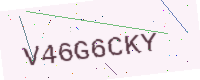
Text: V46G6CKY